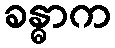
ခန္ဓာက